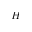
H